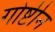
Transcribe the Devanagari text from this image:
गोष्टीन